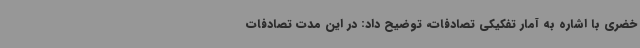
خضری با اشاره به آمار تفکیکی تصادفات، توضیح داد: در این مدت تصادفات